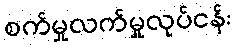
စက်မှုလက်မှုလုပ်ငန်း